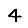
Digit: 4